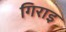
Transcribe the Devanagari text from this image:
गिराइ